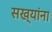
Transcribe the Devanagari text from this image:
सख्यांना